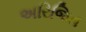
અરિજિત